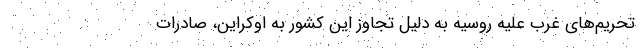
تحریم‌های غرب علیه روسیه به دلیل تجاوز این کشور به اوکراین، صادرات